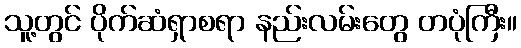
သူ့တွင် ပိုက်ဆံရှာစရာ နည်းလမ်းတွေ တပုံကြီး။